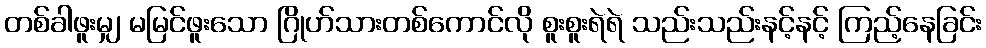
တစ်ခါဖူးမျှ မမြင်ဖူးသော ဂြိုဟ်သားတစ်ကောင်လို စူးစူးရဲရဲ သည်းသည်းနင့်နင့် ကြည့်နေခြင်း